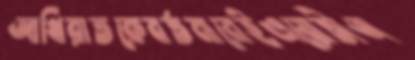
আখিরাতকেবর্তমানেইএয়োতীঅ